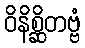
ဝိနိစ္ဆိတဗ္ဗံ